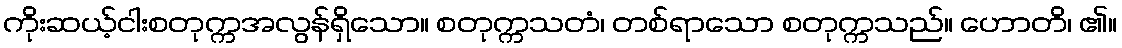
ကိုးဆယ့်ငါးစတုက္ကအလွန်ရှိသော။ စတုက္ကသတံ၊ တစ်ရာသော စတုက္ကသည်။ ဟောတိ၊ ၏။